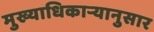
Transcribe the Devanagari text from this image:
मुख्याधिकार्‍यानुसार